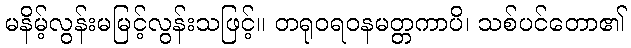
မနိမ့်လွန်းမမြင့်လွန်းသဖြင့်။ တရုဝရဝနမတ္တကာပိ၊ သစ်ပင်တော၏